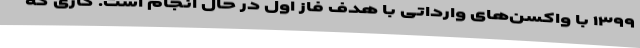
۱۳۹۹ با واکسن‌های وارداتی با هدف فاز اول در حال انجام است. کاری که